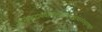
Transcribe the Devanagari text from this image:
अत्रदशदानंवैतरणीऋणमोक्षपापधेनुदानमुक्तं